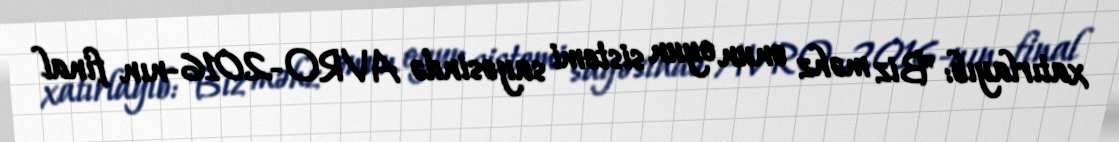
xatırlayıb: "Biz məhz onun oyun sistemi sayəsində AVRO-2016-nın final